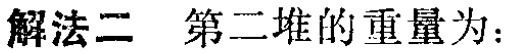
解法二 第二堆的重量为：